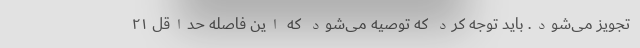
تجویز می‌شود. باید توجه کرد که توصیه می‌شود که این فاصله حداقل ۲۱